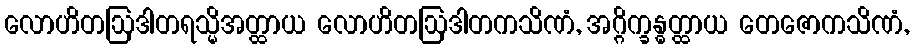
လောဟိတဩဒါတရသ္မိအတ္ထာယ လောဟိတဩဒါတကသိဏံ, အဂ္ဂိက္ခန္ဓတ္ထာယ တေဇောကသိဏံ,